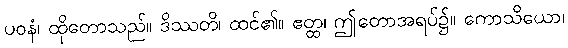
ပဝနံ၊ ထိုတောသည်။ ဒိဿတိ၊ ထင်၏။ ဧတ္ထ၊ ဤတောအရပ်၌။ ကောသိယော၊